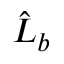
\hat { L } _ { b }